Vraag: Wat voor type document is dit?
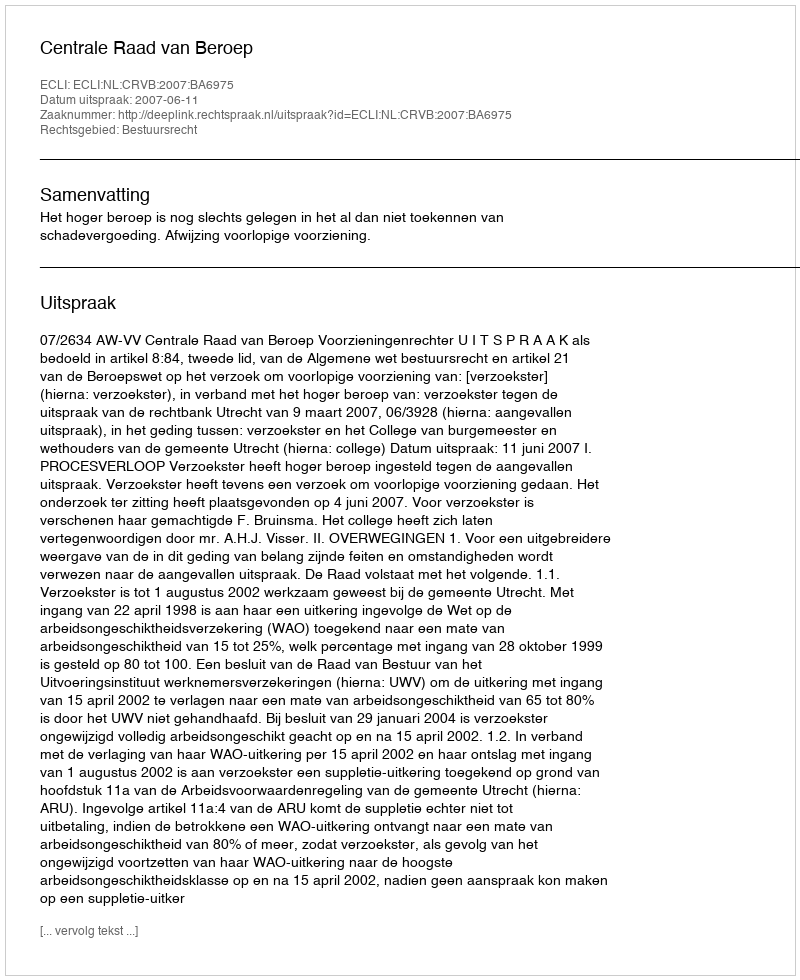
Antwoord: Uitspraak